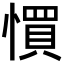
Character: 𢠼